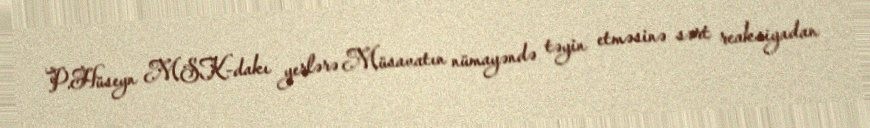
P.Hüseyn MSK-dakı yerlərə Müsavatın nümayəndə təyin etməsinə sərt reaksiyadan